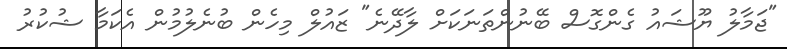
"ޖަމާލު ޔޫޝައު ގެންގޮސް ބޭނުންތަނަކަށް ލާދޭނެ" ޒައުލް މިހެން ބުނެލުމުން އެކަމާ ޝުކުރު